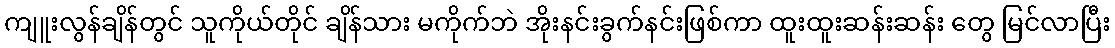
ကျူးလွန်ချိန်တွင် သူကိုယ်တိုင် ချိန်သား မကိုက်ဘဲ အိုးနင်းခွက်နင်းဖြစ်ကာ ထူးထူးဆန်းဆန်း တွေ မြင်လာပြီး